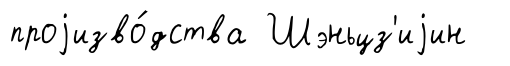
проjизво́дства Шэньцз'иjин